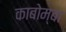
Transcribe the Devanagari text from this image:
काबोम्बा